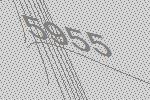
5955